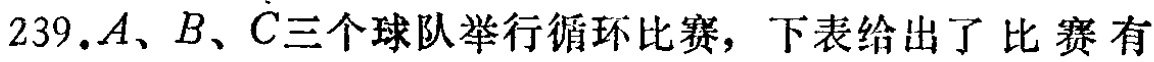
239.$A、B、C三个球队举行循环比赛，下表给出了比赛有